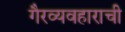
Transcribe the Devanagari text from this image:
गैरव्यवहाराची